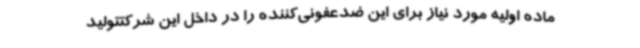
ماده اولیه مورد نیاز برای این ضدعفونی‌کننده را در داخل این شرکتتولید